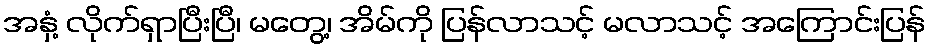
အနှံ့ လိုက်ရှာပြီးပြီ၊ မတွေ့၊ အိမ်ကို ပြန်လာသင့် မလာသင့် အကြောင်းပြန်